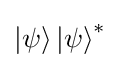
\left|\psi \right\rangle \left|\psi \right\rangle ^{*}